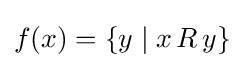
f(x)=\{y\mid x\,R\,y\}